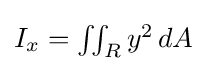
{\textstyle I_{x}=\iint _{R}y^{2}\,dA}